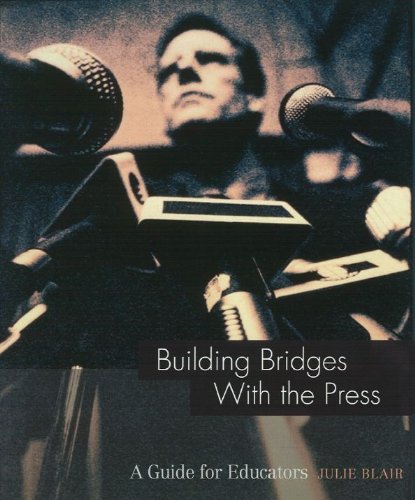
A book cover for Building Bridges with the Press (A Guide for Educators) (Guide for Educators Series); Julie Blair; Education & Teaching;